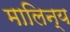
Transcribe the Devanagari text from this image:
मालिन्य